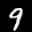
Digit: 9